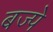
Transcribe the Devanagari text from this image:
बज्पे